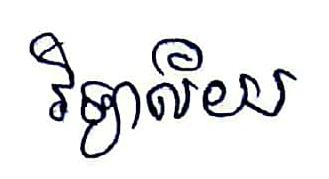
វិទ្យាល័យ